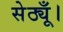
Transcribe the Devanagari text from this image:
सेठ्यूँ।